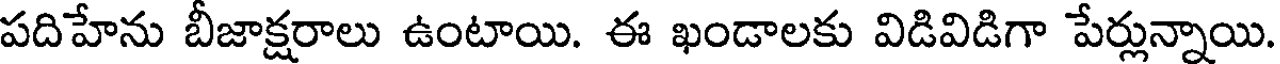
పదిహేను బీజాక్షరాలు ఉంటాయి. ఈ ఖండాలకు విడివిడిగా పేర్లున్నాయి